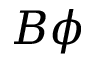
B \phi